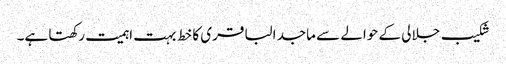
شکیب جلالی کے حوالے سے ماجد الباقری کا خط بہت اہمیت رکھتا ہے۔